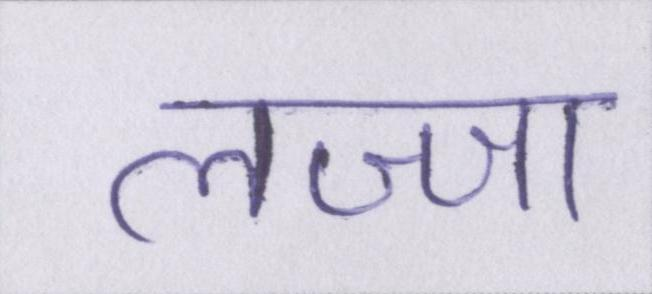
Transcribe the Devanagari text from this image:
लज्जा